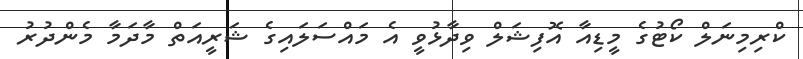
ކްރިމިނަލް ކޯޓުގެ މީޑިއާ އޮފިޝަލް ވިދާޅުވީ އެ މައްސަލައިގެ ޝަރީއަތް މާދަމާ މެންދުރު